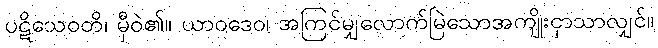
ပဋိသေဝတိ၊ မှီဝဲ၏။ ယာဝဒေဝ၊ အကြင်မျှလောက်မြဲသောအကျိုးငှာသာလျှင်။